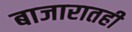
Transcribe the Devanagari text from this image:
बाजारातही